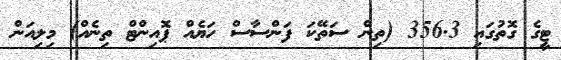
ޓީގެ ގޮތުގައި 356.3 (ތިން ސަތޭކަ ފަންސާސް ހަޔެއް ޕޮއިންޓް ތިނެއް) މިލިއަން